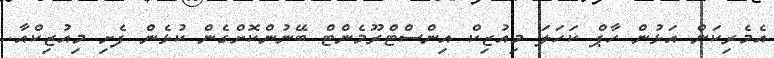
އެމެރިކަން އަޅުން ހާޕް ކަހަލަ މިއުޒިކް އިންސްޓްރޫމެންޓް ބޭނުންކޮށްގެން ކުޅެން ފެށި މިއުޒިކްއާ.